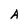
Character: A